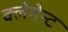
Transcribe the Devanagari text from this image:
क्लेमेन्ट